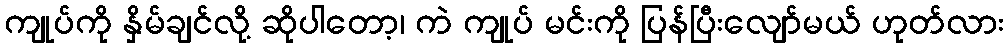
ကျုပ်ကို နှိမ်ချင်လို့ ဆိုပါတော့၊ ကဲ ကျုပ် မင်းကို ပြန်ပြီးလျော်မယ် ဟုတ်လား